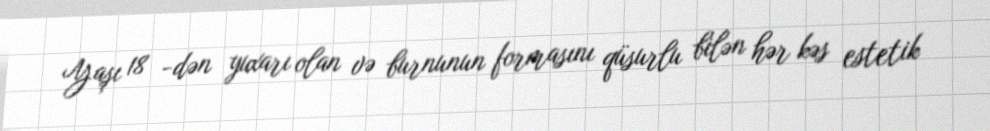
Yaşı 18 -dən yuxarı olan və burnunun formasını qüsurlu bilən hər kəs estetik